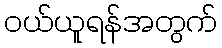
ဝယ်ယူရန်အတွက်